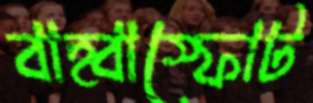
বাহ্বাস্ফোট